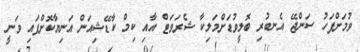
ވުމަށްފަހު ސަންޖޭ އެނބުރި ބޮލީވުޑަށްމަލިކާ ޝެރަވަޓް އާއި ކިމް ކާޑޭޝިއަން އަނިޔާކޮށްފައި ވަނީ